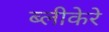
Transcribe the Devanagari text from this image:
ब्लीकेरे